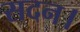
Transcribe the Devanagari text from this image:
सदन।